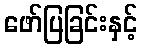
ဖော်ပြခြင်းနှင့်